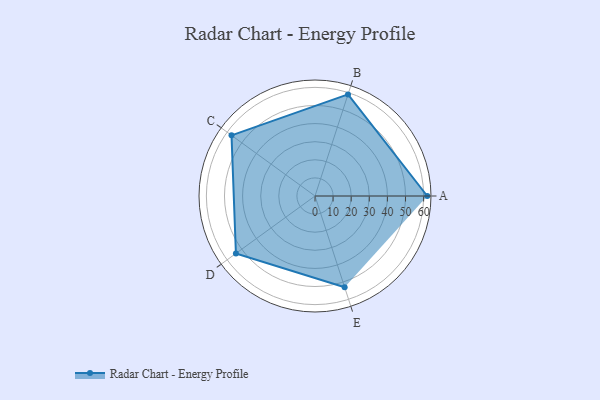
{"axis": {"x": "Skill", "y": "Score"}, "legend": ["Profile"], "data": [{"x": "A", "y": 62.0, "type": "Profile"}, {"x": "B", "y": 59.0, "type": "Profile"}, {"x": "C", "y": 57.0, "type": "Profile"}, {"x": "D", "y": 54.0, "type": "Profile"}, {"x": "E", "y": 53.0, "type": "Profile"}]}